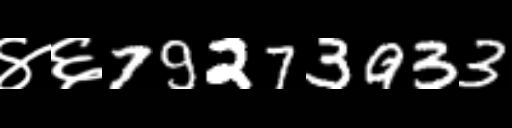
Text: ४६79273933